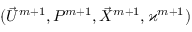
( \vec { U } ^ { m + 1 } , P ^ { m + 1 } , \vec { X } ^ { m + 1 } , \varkappa ^ { m + 1 } )